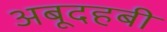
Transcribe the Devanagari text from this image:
अबूदहबी